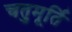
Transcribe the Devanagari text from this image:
चतुमूर्ति